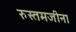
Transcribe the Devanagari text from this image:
रुस्तमजीना